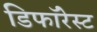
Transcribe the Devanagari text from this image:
डिफॉरेस्ट